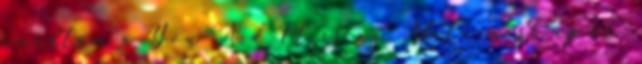
imádtam a You And I-t és az Adele mash-up-ot.